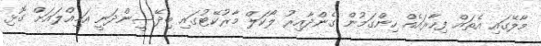
މާލޭގައި އެތައް ފިހާރައެއް ހިންގަމުން ގެންދާއިރު ލޯކަލް މާރުކޭޓުގައި ބިދޭސީންދަނީ އަމިއްލައަށް ގޮޅި